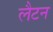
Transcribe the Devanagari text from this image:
लैटन